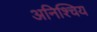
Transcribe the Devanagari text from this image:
अनिश्चिय